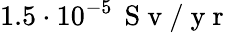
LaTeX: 1.5\cdot 10^{-5}\, \mathrm{~S~v~}/\mathrm{~y~r~}